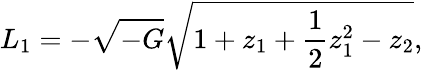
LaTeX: L_{1}=-\sqrt{-G}\sqrt{1+z_{1}+{\frac{1}{2}}z_{1}^{2}-z_{2}},